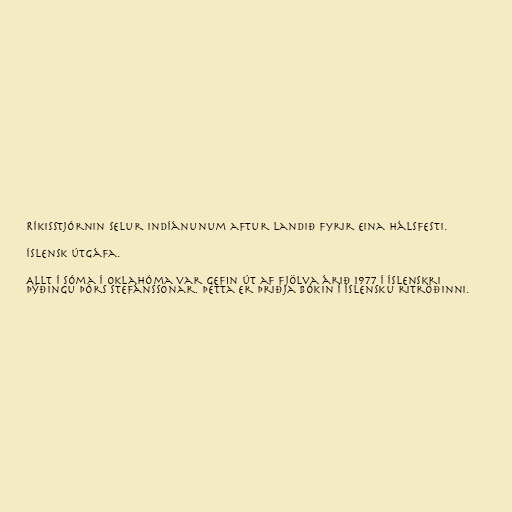
Ríkisstjórnin selur indíánunum aftur landið fyrir eina hálsfesti.

Íslensk útgáfa.

Allt í sóma í Oklahóma var gefin út af Fjölva árið 1977 í íslenskri
þýðingu Þórs Stefánssonar. Þetta er þriðja bókin í íslensku ritröðinni.